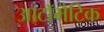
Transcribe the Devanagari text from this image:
आटॉमैटिक